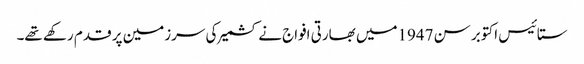
ستائیس اکتوبر سن 1947میں بھارتی افواج نے کشمیر کی سرزمین پر قدم رکھے تھے۔